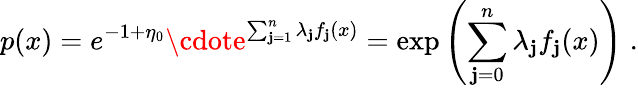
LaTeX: p(x)=e^{-1+\eta_{0}}\cdote^{\sum_{\mathbf{j}=1}^{n}\lambda_{\mathbf{j}}f_{\mathbf{j}}(x)}=\exp\left(\sum_{\mathbf{j}=0}^{n}\lambda_{\mathbf{j}}f_{\mathbf{j}}(x)\right)\; .